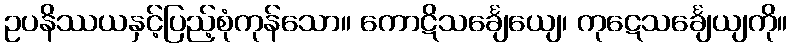
ဥပနိဿယနှင့်ပြည့်စုံကုန်သော။ ကောဋိသင်္ချေယျေ၊ ကုဋေသင်္ချေယျကို။